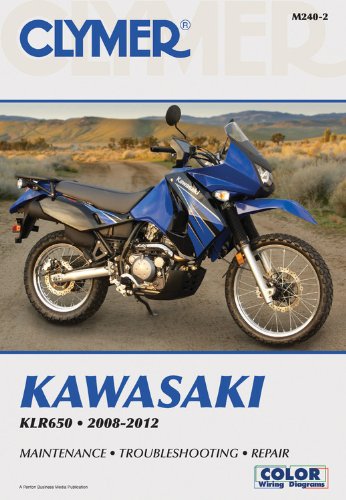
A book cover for Kawasaki KLR650 2008-2012 (Clymer Motorcycle Repair); Penton Staff; Engineering & Transportation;